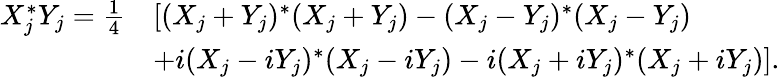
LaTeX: \begin{array}{rl}{X_{j}^{*}Y_{j}=\frac{1}{4}}&{\left[(X_{j}+Y_{j})^{*}(X_{j}+Y_{j})-(X_{j}-Y_{j})^{*}(X_{j}-Y_{j})\right.}\\ &{\left.+i(X_{j}-iY_{j})^{*}(X_{j}-iY_{j})-i(X_{j}+iY_{j})^{*}(X_{j}+iY_{j})\right].}\end{array}